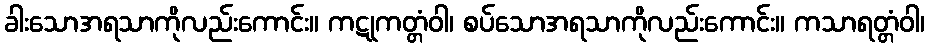
ခါးသောအရသာကိုလည်းကောင်း။ ကဋုကတ္တံဝါ၊ စပ်သောအရသာကိုလည်းကောင်း။ ကသာရတ္တံဝါ၊